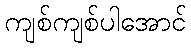
ကျစ်ကျစ်ပါအောင်